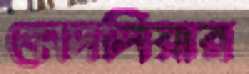
কোদলিয়ার